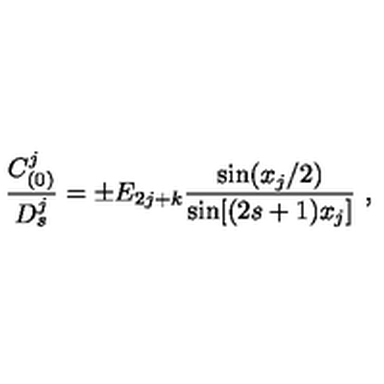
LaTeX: { \frac { C _ { ( 0 ) } ^ { j } } { D _ { s } ^ { j } } } = \pm E _ { 2 j + k } { \frac { \mathrm { s i n } { ( x _ { j } / 2 ) } } { \mathrm { s i n } { [ ( 2 s + 1 ) x _ { j } } ] } } \ ,